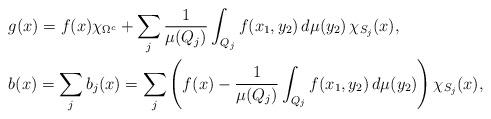
LaTeX: \begin{align*}&g(x)=f(x)\chi_{\Omega^c}+\sum_j\frac{1}{\mu(Q_{j})}\int_{Q_{j}}f(x_1,y_2)\,d\mu(y_2)\,\chi_{S_j}(x),\\&b(x)=\sum_{j}b_{j}(x)=\sum_{j}\left(f(x)-\frac{1}{\mu(Q_{j})}\int_{Q_{j}}f(x_1,y_2)\,d\mu(y_2)\right)\chi_{S_j}(x),\end{align*}